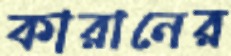
কারানের